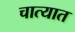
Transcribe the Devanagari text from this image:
चात्यात